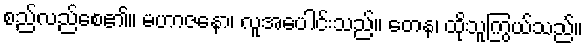
စည်လည်စေ၏။ မဟာဇနော၊ လူအပေါင်းသည်။ တေန၊ ထိုသူကြွယ်သည်။